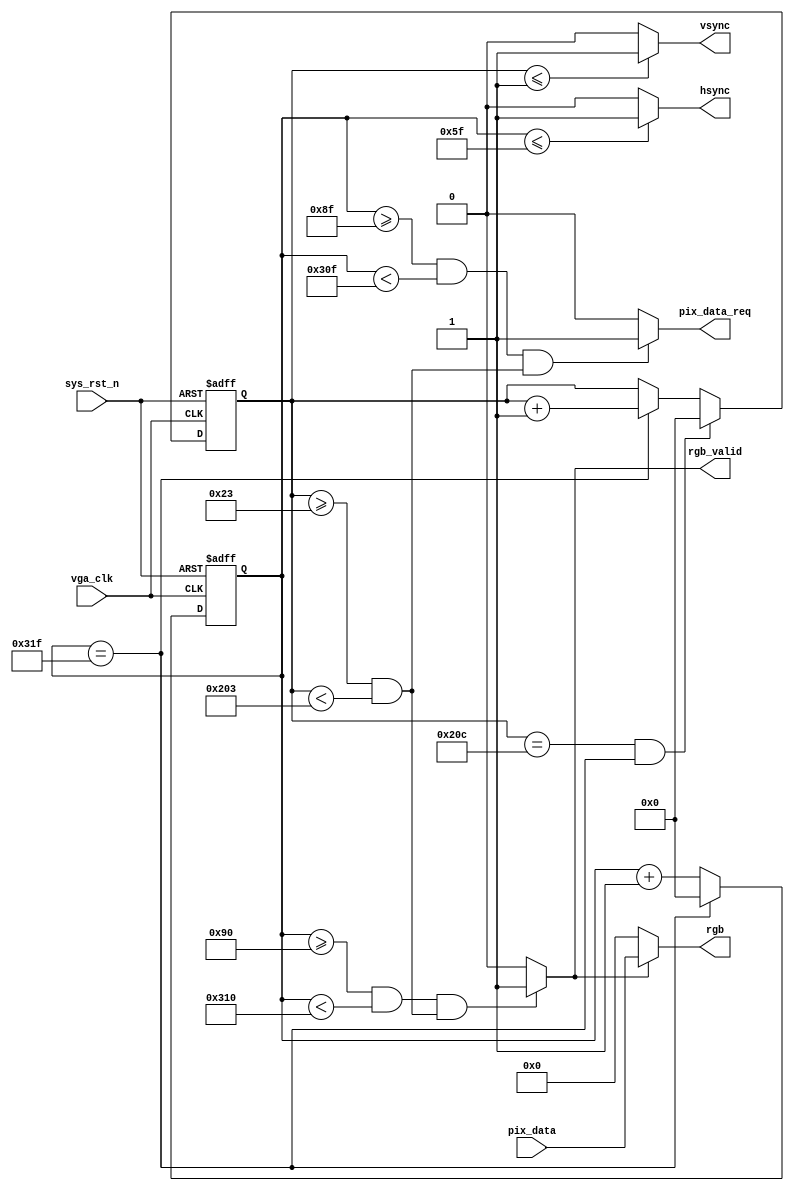
`timescale  1ns/1ns
////////////////////////////////////////////////////////////////////////
// Module Name   : vga_ctrl
// Project Name  : uart_sdram_hdmi_pic
// Target Devices: Altera EP4CE10F17C8N
// Tool Versions : Quartus 13.0
// Description   : VGA
//
// Revision      : V1.0
// Additional Comments:
// 
// : _Pro_FPGA
//     : http://www.embedfire.com
//     : http://www.firebbs.cn
//     : https://fire-stm32.taobao.com
////////////////////////////////////////////////////////////////////////

module  vga_ctrl(
    input   wire            vga_clk     ,   //,25MHz
    input   wire            sys_rst_n   ,   //,
    input   wire    [15:0]  pix_data    ,   //

    output  wire            rgb_valid   ,   //VGA
    output  wire            pix_data_req,
    output  wire            hsync       ,   //
    output  wire            vsync       ,   //
    output  wire    [15:0]  rgb             //

);

//********************************************************************//
//****************** Parameter and Internal Signal *******************//
//********************************************************************//

//parameter define
parameter H_SYNC    =   10'd96  ,   //
          H_BACK    =   10'd40  ,   //
          H_LEFT    =   10'd8   ,   //
          H_VALID   =   10'd640 ,   //
          H_RIGHT   =   10'd8   ,   //
          H_FRONT   =   10'd8   ,   //
          H_TOTAL   =   10'd800 ;   //
parameter V_SYNC    =   10'd2   ,   //
          V_BACK    =   10'd25  ,   //
          V_TOP     =   10'd8   ,   //
          V_VALID   =   10'd480 ,   //
          V_BOTTOM  =   10'd8   ,   //
          V_FRONT   =   10'd2   ,   //
          V_TOTAL   =   10'd525 ;   //

//reg   define
reg     [9:0]   cnt_h           ;   //
reg     [9:0]   cnt_v           ;   //

//********************************************************************//
//***************************** Main Code ****************************//
//********************************************************************//

//cnt_h:
always@(posedge vga_clk or  negedge sys_rst_n)
    if(sys_rst_n == 1'b0)
        cnt_h   <=  10'd0   ;
    else    if(cnt_h == H_TOTAL - 1'd1)
        cnt_h   <=  10'd0   ;
    else
        cnt_h   <=  cnt_h + 1'd1   ;

//hsync:
assign  hsync = (cnt_h  <=  H_SYNC - 1'd1) ? 1'b1 : 1'b0  ;

//cnt_v:
always@(posedge vga_clk or  negedge sys_rst_n)
    if(sys_rst_n == 1'b0)
        cnt_v   <=  10'd0 ;
    else    if((cnt_v == V_TOTAL - 1'd1) &&  (cnt_h == H_TOTAL-1'd1))
        cnt_v   <=  10'd0 ;
    else    if(cnt_h == H_TOTAL - 1'd1)
        cnt_v   <=  cnt_v + 1'd1 ;
    else
        cnt_v   <=  cnt_v ;

//vsync:
assign  vsync = (cnt_v  <=  V_SYNC - 1'd1) ? 1'b1 : 1'b0  ;

//rgb_valid:VGA
assign  rgb_valid = (((cnt_h >= H_SYNC + H_BACK + H_LEFT)
                    && (cnt_h < H_SYNC + H_BACK + H_LEFT + H_VALID))
                    &&((cnt_v >= V_SYNC + V_BACK + V_TOP)
                    && (cnt_v < V_SYNC + V_BACK + V_TOP + V_VALID)))
                    ? 1'b1 : 1'b0;

//pix_data_req:,rgb_valid
assign  pix_data_req = (((cnt_h >= H_SYNC + H_BACK + H_LEFT - 1'b1)
                    && (cnt_h < H_SYNC + H_BACK + H_LEFT + H_VALID - 1'b1))
                    &&((cnt_v >= V_SYNC + V_BACK + V_TOP)
                    && (cnt_v < V_SYNC + V_BACK + V_TOP + V_VALID)))
                    ? 1'b1 : 1'b0;

//rgb:
assign  rgb = (rgb_valid == 1'b1) ? pix_data : 16'b0 ;

endmodule